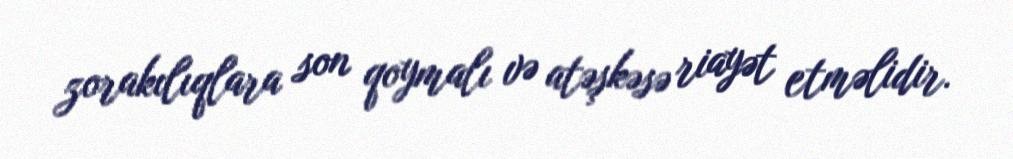
zorakılıqlara son qoymalı və atəşkəsə riayət etməlidir.